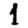
Digit: 1